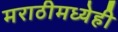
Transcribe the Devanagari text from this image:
मराठीमध्येही